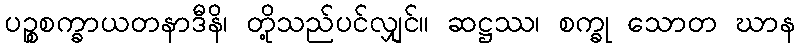
ပဉ္စစက္ခာယတနာဒီနိ၊ တို့သည်ပင်လျှင်။ ဆဋ္ဌဿ၊ စက္ခု သောတ ဃာန